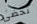
تحضى